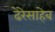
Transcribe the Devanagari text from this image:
ढेरेसाहेब